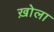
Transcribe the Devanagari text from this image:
ख़ोला